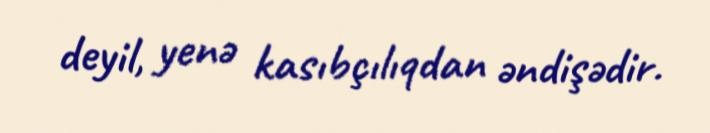
deyil, yenə kasıbçılıqdan əndişədir.